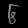
Digit: ၆